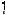
1